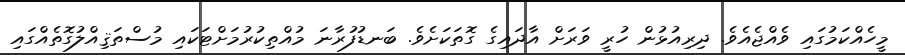
މީހެއްކަމުގައި ވެއްޖެއެވެ. ދިރިއުޅުން ހުރީ ވަރަށް އާދައިގެ ގޮތަކަށެވެ. ބަނޑުފުރާނަ މުއްތިކުރުމަށްޓަކައި މުސްތަޤިއްލުގޮތެއްގައި